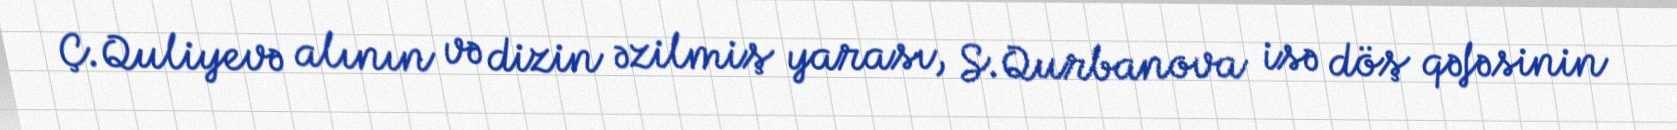
Ç.Quliyevə alının və dizin əzilmiş yarası, S.Qurbanova isə döş qəfəsinin